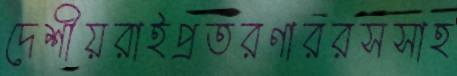
দেশীয়রাইপ্রতরণাররসসাহ